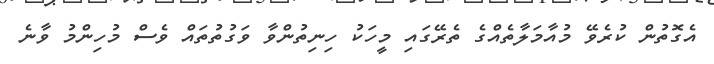
އެގޮތުން ކުރެވޭ މުއާމަލާތެއްގެ ތެރޭގައި މީހަކު ހިނިތުންވާ ވަގުތުތައް ވެސް މުހިންމު ވާނެ